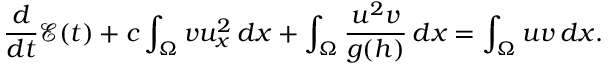
\frac { d } { d t } \mathcal { E } ( t ) + c \int _ { \Omega } { v u _ { x } ^ { 2 } \, d x } + \int _ { \Omega } { \frac { u ^ { 2 } v } { g ( h ) } \, d x } = \int _ { \Omega } { u v \, d x } .